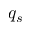
q _ { s }